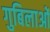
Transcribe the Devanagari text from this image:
गुबिलाओं